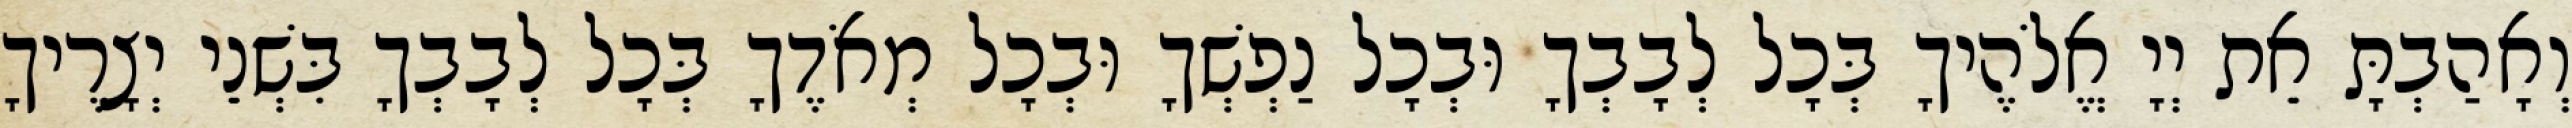
וְאָהַבְתָּ אֵת יְיָ אֱלֹהֶיךָ בְּכָל לְבָבְךָ וּבְכָל נַפְשְׁךָ וּבְכָל מְאֹדֶךָ בְּכָל לְבָבְךָ בִּשְׁנֵי יְצָרֶיךָ